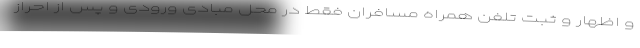
و اظهار و ثبت تلفن همراه مسافران فقط در محل مبادی ورودی و پس از احراز